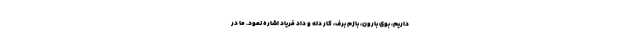
داریم، بوی بارون، بازم برف، کار دله و داد فریاد اشاره نمود. ما در